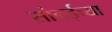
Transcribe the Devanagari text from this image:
सोनईच्या